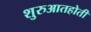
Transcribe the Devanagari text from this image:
शुरुआतहोती